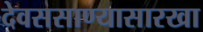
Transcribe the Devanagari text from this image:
देवससाण्यासारखा